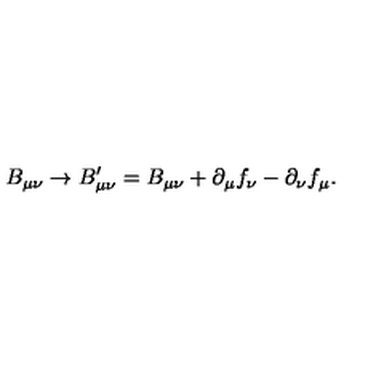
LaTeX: B _ { \mu \nu } \rightarrow B _ { \mu \nu } ^ { \prime } = B _ { \mu \nu } + \partial _ { \mu } f _ { \nu } - \partial _ { \nu } f _ { \mu } .